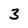
Character: 3